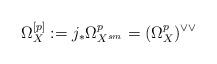
LaTeX: \begin{align*}\Omega_X^{[p]}:=j_*\Omega^p_{X^{sm}}=( \Omega^p_X)^{\vee\vee}\end{align*}